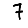
Digit: 7